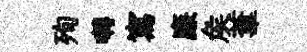
殉囀寫廉矦葦